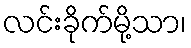
လင်းခိုက်မို့သာ၊